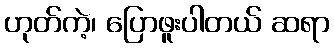
ဟုတ်ကဲ့၊ ပြောဖူးပါတယ် ဆရာ